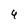
Character: 4